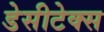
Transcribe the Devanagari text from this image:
डेसीटेक्स